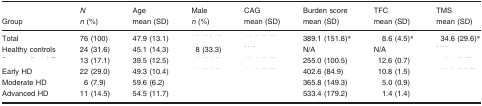
<table><thead><tr><td><b>Group</b></td><td><b><i>N n</i> (%)</b></td><td><b>Age mean (SD)</b></td><td><b>Male <i>n</i> (%)</b></td><td><b>CAG mean (SD)</b></td><td><b>Burden score mean (SD)</b></td><td><b>TFC mean (SD)</b></td><td><b>TMS mean (SD)</b></td></tr></thead><tbody><tr><td>Total</td><td>76 (100)</td><td>47.9 (13.1)</td><td>[EMPTY_CELL]</td><td>[EMPTY_CELL]</td><td>389.1 (151.8)*</td><td>8.6 (4.5)*</td><td>34.6 (29.6)*</td></tr><tr><td>Healthy controls</td><td>24 (31.6)</td><td>45.1 (14.3)</td><td>8 (33.3)</td><td>[EMPTY_CELL]</td><td>N/A</td><td>N/A</td><td>[EMPTY_CELL]</td></tr><tr><td>[EMPTY_CELL]</td><td>13 (17.1)</td><td>39.5 (12.5)</td><td>[EMPTY_CELL]</td><td>[EMPTY_CELL]</td><td>255.0 (100.5)</td><td>12.6 (0.7)</td><td>[EMPTY_CELL]</td></tr><tr><td>Early HD</td><td>22 (29.0)</td><td>49.3 (10.4)</td><td>[EMPTY_CELL]</td><td>[EMPTY_CELL]</td><td>402.6 (84.9)</td><td>10.8 (1.5)</td><td>[EMPTY_CELL]</td></tr><tr><td>Moderate HD</td><td>6 (7.9)</td><td>59.6 (6.2)</td><td>[EMPTY_CELL]</td><td>[EMPTY_CELL]</td><td>365.8 (149.3)</td><td>5.0 (0.9)</td><td>[EMPTY_CELL]</td></tr><tr><td>Advanced HD</td><td>11 (14.5)</td><td>54.5 (11.7)</td><td>[EMPTY_CELL]</td><td>[EMPTY_CELL]</td><td>533.4 (179.2)</td><td>1.4 (1.4)</td><td>[EMPTY_CELL]</td></tr></tbody></table>